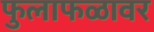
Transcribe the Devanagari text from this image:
फुलाफळावर